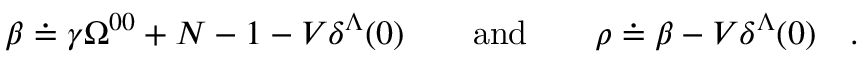
\beta \doteq \gamma \Omega ^ { 0 0 } + N - 1 - V \delta ^ { \Lambda } ( 0 ) \qquad \mathrm { a n d } \qquad \rho \doteq \beta - V \delta ^ { \Lambda } ( 0 ) \quad .